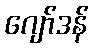
ဂျော်ဒန်